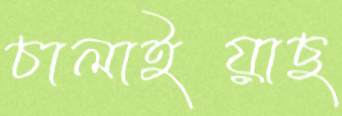
চালাইয়াছ